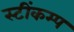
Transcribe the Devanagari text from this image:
स्टींकम्प